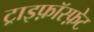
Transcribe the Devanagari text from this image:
ट्राइफ़ॉस्फ़ेट